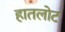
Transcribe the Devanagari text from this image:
हातलोट